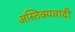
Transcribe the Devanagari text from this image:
अस्तिक्यवादी